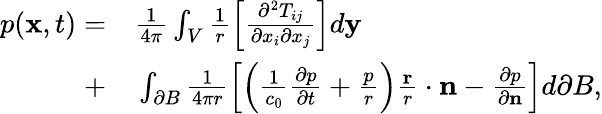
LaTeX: \begin{array}{rl}{p(\mathbf{x},t)=}&{{}\frac{1}{4\pi}\int_{V}\frac{1}{r}\Big[\frac{\partial^{2}T_{ij}}{\partial x_{i}\partial x_{j}}\Big]d\mathbf{y}}\\ {+}&{{}\int_{\partial B}\frac{1}{4\pi r}\left[\left(\frac{1}{c_{0}}\frac{\partial p}{\partial t}+\frac{p}{r}\right)\frac{\mathbf{r}}{r}\cdot\mathbf{n}-\frac{\partial p}{\partial\mathbf{n}}\right]d\partial B,}\end{array}